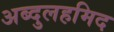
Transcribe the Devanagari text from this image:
अब्दुलहमिद